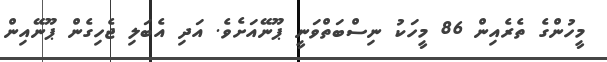
މީހުންގެ ތެރެއިން 86 މީހަކު ނިސްބަތްވަނީ ޕޫނޭއަށެވެ. އަދި އެބަލި ޖެހިގެން ޕޫނޭއިން